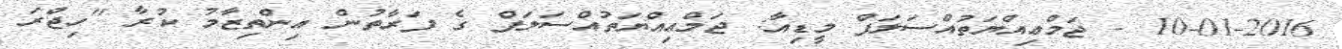
10-01-2016 - ޖަމްޢިއްޔަތުއްސަލަފް މީޑިއާ: ޖަމްޢިއްޔަތުއްސަލަފް ގެ ފަރާތުން އިންތިޒާމު ކުރާ "ހިޖްރަ